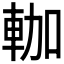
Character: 𰹐